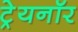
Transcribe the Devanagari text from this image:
ट्रेयनॉर